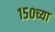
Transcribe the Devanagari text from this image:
१५०च्या